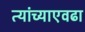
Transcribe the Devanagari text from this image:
त्यांच्याएवढा